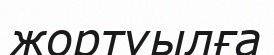
жортуылға